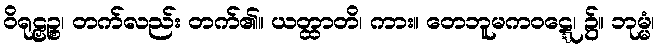
ဝိရုဠှဉ္စ၊ တက်လည်း တက်၏။ ယတ္ထာတိ၊ ကား။ တေဘူမကဝဋ္ဋေ၊ ၌။ ဘုမ္မံ၊